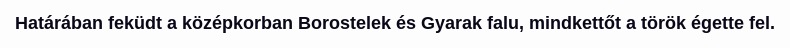
Határában feküdt a középkorban Borostelek és Gyarak falu, mindkettőt a török égette fel.